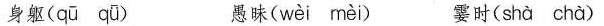
身躯( qū qǖ ) 愚昧( wèi mèi ) 霎时( shà chà )